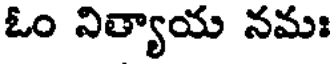
ఓం నిత్యాయ నమః